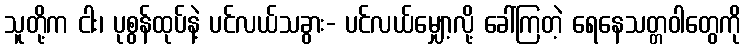
သူတို့က ငါး၊ ပုစွန်ထုပ်နဲ့ ပင်လယ်သခွား- ပင်လယ်မျှော့လို့ ခေါ်ကြတဲ့ ရေနေသတ္တဝါတွေကို